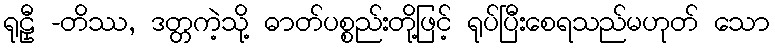
ရုဠှီ -တိဿ, ဒတ္တကဲ့သို့ ဓာတ်ပစ္စည်းတို့ဖြင့် ရုပ်ပြီးစေရသည်မဟုတ် သော